Report of the Indian Hemp Drugs Commission, 1894-1895 - Volume III
Year: 1894
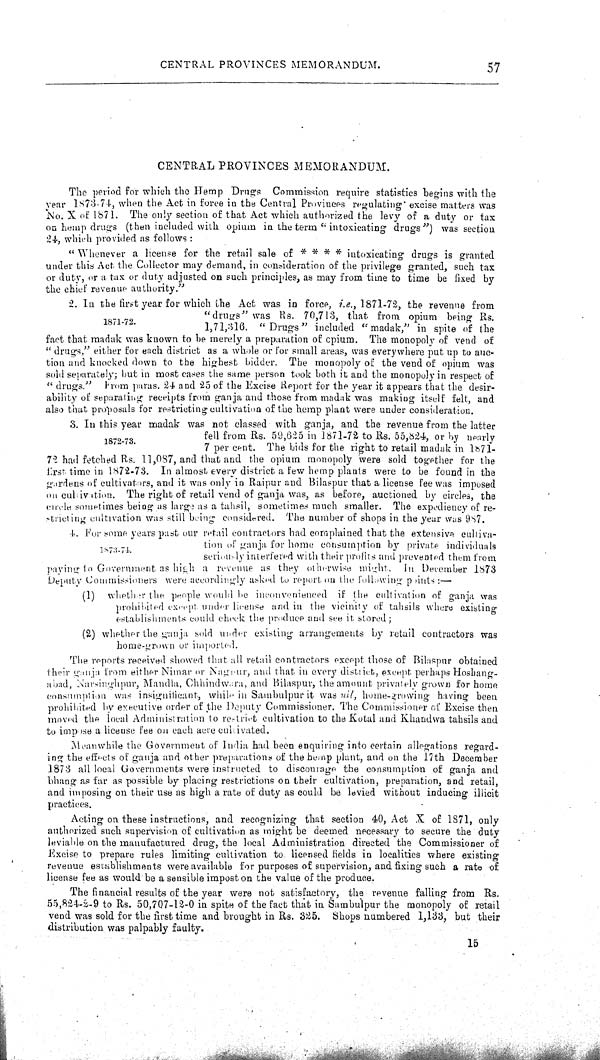
CENTRAL PROVINCES MEMORANDUM.
57
CENTRAL PROVINCES MEMORANDUM.
The period for which the Hemp Drugs Commission require statistics begins with the
year 1873-74, when the Act in force in the Central Provinces regulating excise matters was
No. X of 1871. The only section of that Act which authorized the levy of a duty or tax
on hemp drugs (then included with opium in the term "intoxicating drugs") was section
24, which provided as follows:
"Whenever
a license for the retail sale of * * * * intoxicating drugs is granted
under this Act the Collector may demand, in consideration of the privilege granted, such tax
or duty, or a tax or duty adjusted on such principles, as may from time to time be fixed by
the chief revenue authority."
1871-72.
2. In the first year for which the Act was in force, i.e., 1871-72, the revenue from
"drugs" was Rs. 70,713, that from opium being Rs.
1,71,316. "Drugs" included "madak," in spite of the
fact that madak was known to be merely a preparation of cpium. The monopoly of vend of
"drugs," either for each district as a whole or for small areas, was everywhere put up to auc-
tion and knocked down to the highest bidder. The monopoly of the vend of opium was
sold separately; but in most cases the same person took both it and the monopoly in respect of
" drugs."
From paras. 24 and 25 of the Excise Report for the year it appears that the desir-
ability of separating receipts from ganja and those from madak was making itself felt, and
also that proposals for restricting cultivation of the hemp plant were under consideration.
1872-73.
3. In this year madak was not classed with ganja, and the revenue from the latter
fell from Rs. 59,625 in 1871-72 to Rs. 55,824, or by nearly
7 per cent. The bids for the right to retail madak in 1871-
72 had fetched Rs. 11,087, and that and the opium monopoly were sold together for the
first time in 1872-73. In almost every district a few hemp plants were to be found in the
gardens of cultivators, and it was only in Raipur and Bilaspur that a license fee was imposed
on cultivation. The right of retail vend of ganja was, as before, auctioned by circles, the
circle sometimes being as large as a tahsil, sometimes much smaller. The expediency of re-
stricting cultivation was still being considered. The number of shops in the year was 987.
1873-74.
4. For some years past our retail contractors had complained that the extensive cultiva-
tion of ganja for home consumption by private individuals
seriously interfered with their profits and prevented them from
paying to Government as high a revenue as they otherwise might. In December 1873
Deputy Commissioners were accordingly asked to report on the following points:—
(1)
whether the people would be inconvenienced if the cultivation of ganja was
prohibited except under license and in the vicinity of tahsils where existing
establishments could check the produce and see it stored;
(2) whether the ganja sold under existing arrangements by retail contractors was
home-grown or imported.
The reports received showed that all retail contractors except those of Bilaspur obtained
their ganja from either Nimar or Nagpur, and that in every district, except perhaps Hoshang-
abad, Narsinghpur, Mandla, Chhindwara, and Bilaspur, the amount privately grown for home
consumption was insignificant, while in Sambulpur it was nil, home-growing having been
prohibited by executive order of the Deputy Commissioner. The Commissioner of Excise then
moved the local Administration to restrict cultivation to the Kotal and Khandwa tahsils and
to impose a license fee on each acre cultivated.
Meanwhile the Government of India had been enquiring into certain allegations regard-
ing the effects of ganja and other preparations of the hemp plant, and on the 17th December
1873 all local Governments were instructed to discourage the consumption of ganja and
bhang as far as possible by placing restrictions on their cultivation, preparation, and retail,
and imposing on their use as high a rate of duty as could be levied without inducing illicit
practices.
Acting on these instructions, and recognizing that section 40, Act X of 1871, only
authorized such supervision of cultivation as might be deemed necessary to secure the duty
leviable on the manufactured drug, the local Administration directed the Commissioner of
Excise to prepare rules limiting cultivation to licensed fields in localities where existing
revenue establishments were available for purposes of supervision, and fixing such a rate of
license fee as would be a sensible impost on the value of the produce.
The financial results of the year were not satisfactory, the revenue falling from Rs.
55,824-2-9 to Rs. 50,707-12-0 in spite of the fact that in Sambulpur the monopoly of retail
vend was sold for the first time and brought in Rs. 325. Shops numbered 1,133, but their
distribution was palpably faulty.
15